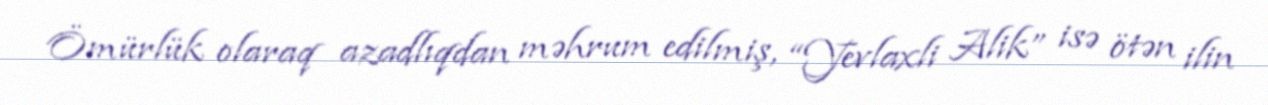
Ömürlük olaraq azadlıqdan məhrum edilmiş, “Yevlaxli Alik” isə ötən ilin